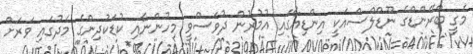
މެގީ ބްރޭންޑްގެ ނޫޑްލްސްއަކީ އިންޑިއާގައި އުމުރުން ދުވަސްވީ މިހުންނާއި ކުޑަކުދިންގެ މެދުގައި ވަރަށް